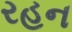
રહન